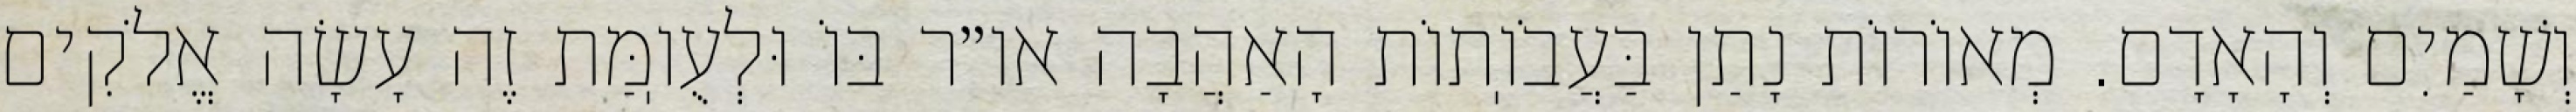
וְשָׁמַיִם וְהָאָדָם. מְאוֹרוֹת נָתַן בַּעֲבֹוֽתוֹת הָאַהֲבָה או״ר בּוֹ וּלְעֻוֽמַּת זֶה עָשָׂה אֱלֹקִים